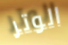
الوتر